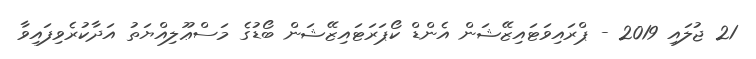
21 ޖުލައި 2019 - ޕްރައިވަޓައިޒޭޝަން އެންޑް ކޯޕަރަޓައިޒޭޝަން ބޯޑުގެ މަސްޢޫލިއްޔަތު އަދާކުރެވިފައިވާ